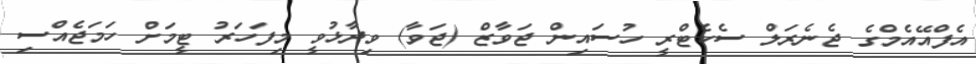
އެފްއޭއެމްގެ ޖެނެރަލް ސެކެޓްރީ ހުސައިން ޖަވާޒް (ޖަވާ) ވިދާޅުވީ މިފަހަރު ޓީމަށް ހަމަޖެއްސި